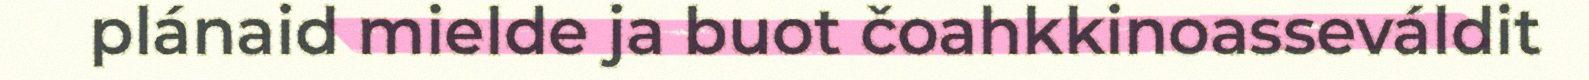
plánaid mielde ja buot čoahkkinoasseváldit